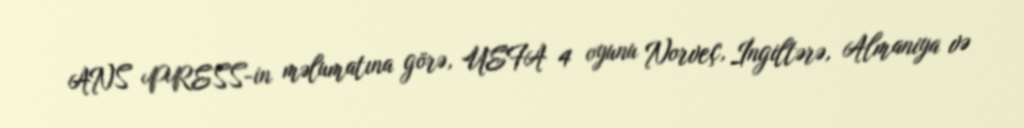
ANS PRESS-in məlumatına görə, UEFA 4 oyunu Norveç, İngiltərə, Almaniya və